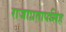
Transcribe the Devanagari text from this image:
राजाप्रतापसिंह